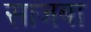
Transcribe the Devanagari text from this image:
साजबा